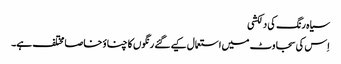
سیاہ رنگ کی دلکشی
اِس کی سجاوٹ میں استعمال کیے گئے رنگوں کا چناؤ خاصا مختلف ہے۔